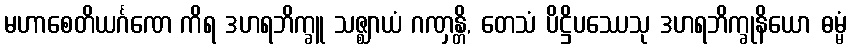
မဟာစေတိယင်္ဂဏေ ကိရ ဒဟရဘိက္ခူ သဇ္ဈာယံ ဂဏှန္တိ, တေသံ ပိဋ္ဌိပဿေသု ဒဟရဘိက္ခုနိယော ဓမ္မံ